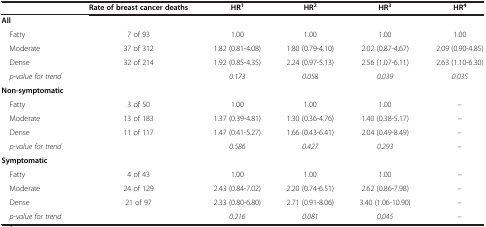
<table><thead><tr><td><b> </b></td><td><b>Rate of breast cancer deaths</b></td><td><b>HR<sup>1</sup></b></td><td><b>HR<sup>2</sup></b></td><td><b>HR<sup>3</sup></b></td><td><b>HR<sup>4</sup></b></td></tr></thead><tbody><tr><td><b>All</b></td><td> </td><td> </td><td> </td><td> </td><td> </td></tr><tr><td> Fatty</td><td>7 of 93</td><td>1.00</td><td>1.00</td><td>1.00</td><td>1.00</td></tr><tr><td> Moderate</td><td>37 of 312</td><td>1.82 (0.81-4.08)</td><td>1.80 (0.79-4.10)</td><td>2.02 (0.87-4.67)</td><td>2.09 (0.90-4.85)</td></tr><tr><td> Dense</td><td>32 of 214</td><td>1.92 (0.85-4.35)</td><td>2.24 (0.97-5.13)</td><td>2.56 (1.07-6.11)</td><td>2.63 (1.10-6.30)</td></tr><tr><td><i> p-value for trend</i></td><td> </td><td><i>0.173</i></td><td><i>0.058</i></td><td><i>0.039</i></td><td><i>0.035</i></td></tr><tr><td><b>Non-symptomatic</b></td><td> </td><td> </td><td> </td><td> </td><td> </td></tr><tr><td> Fatty</td><td>3 of 50</td><td>1.00</td><td>1.00</td><td>1.00</td><td>–</td></tr><tr><td> Moderate</td><td>13 of 183</td><td>1.37 (0.39-4.81)</td><td>1.30 (0.36-4.76)</td><td>1.40 (0.38-5.17)</td><td>–</td></tr><tr><td> Dense</td><td>11 of 117</td><td>1.47 (0.41-5.27)</td><td>1.66 (0.43-6.41)</td><td>2.04 (0.49-8.49)</td><td>–</td></tr><tr><td><i> p-value for trend</i></td><td> </td><td><i>0.586</i></td><td><i>0.427</i></td><td><i>0.293</i></td><td><i>–</i></td></tr><tr><td><b>Symptomatic</b></td><td> </td><td> </td><td> </td><td> </td><td> </td></tr><tr><td> Fatty</td><td>4 of 43</td><td>1.00</td><td>1.00</td><td>1.00</td><td>–</td></tr><tr><td> Moderate</td><td>24 of 129</td><td>2.43 (0.84-7.02)</td><td>2.20 (0.74-6.51)</td><td>2.62 (0.86-7.98)</td><td>–</td></tr><tr><td> Dense</td><td>21 of 97</td><td>2.33 (0.80-6.80)</td><td>2.71 (0.91-8.06)</td><td>3.40 (1.06-10.90)</td><td>–</td></tr><tr><td><i> p-value for trend</i></td><td> </td><td><i>0.216</i></td><td><i>0.081</i></td><td><i>0.045</i></td><td><i>–</i></td></tr></tbody></table>